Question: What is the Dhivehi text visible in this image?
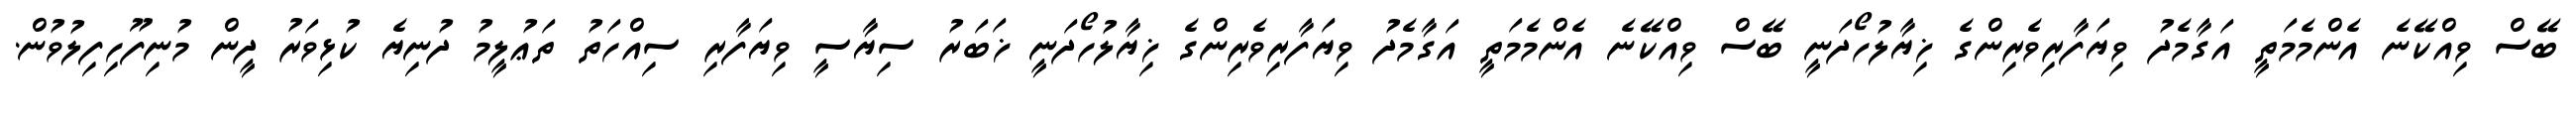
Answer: ބޭސް ވިއްކޭނެ އެންމެމަތީ އަގާމެދު ވިޔަފާރިވެރިންގެ ޚިޔާލުހޯދަނީ ބޭސް ވިއްކޭނެ އެންމެމަތީ އަގާމެދު ވިޔަފާރިވެރިންގެ ޚިޔާލުހޯދަނީ ޚަބަރު ސިޔާސީ ވިޔަފާރި ސިއްހަތު ތަޢުލީމު ދުނިޔެ ކުޅިވަރު ދީން މުނިފޫހިފިލުވުން.